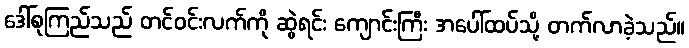
ဒေါ်စုကြည်သည် တင်ဝင်းလက်ကို ဆွဲရင်း ကျောင်းကြီး အပေါ်ထပ်သို့ တက်လာခဲ့သည်။